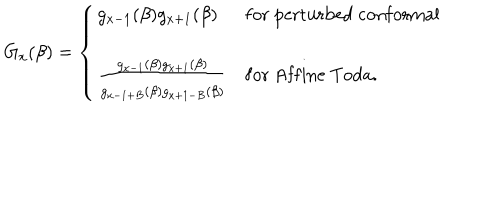
G _ { x } ( \beta ) = \left\{ \begin{array} { l l l } { { g _ { x - 1 } ( \beta ) g _ { x + 1 } ( \beta ) } } & { { \mathrm { f o r } \ \mathrm { p e r t u r b e d \ c o n f o r m a l } } } \\ { { } } & { { } } \\ { { { \frac { g _ { x - 1 } ( \beta ) g _ { x + 1 } ( \beta ) } { \strut g _ { x - 1 + B } ( \beta ) g _ { x + 1 - B } ( \beta ) } } } } & { { \mathrm { f o r } \ \mathrm { A f f i n e \ T o d a } . } } \\ \end{array} \right.